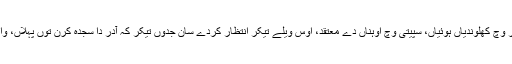
اوہناں نوں تقریباتی گلوبند (کاتا) پیش کرن لئی قطار وچ کھلوندیاں ہوئیاں، سپیتی وچ اوہناں دے معتقد، اوس ویلے تیکر انتظار کردے سان جدوں تیکر کہ آدر دا سجدہ کرن توں پہلاں، واری واری، اوہ آپوں اوہناں دے سامنے اپڑ نہ جاون۔